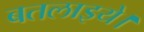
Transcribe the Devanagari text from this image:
बतलाइये।